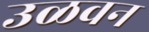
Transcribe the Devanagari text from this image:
उळवन